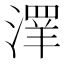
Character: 𱨑